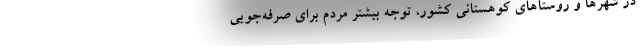
در شهرها و روستاهای کوهستانی کشور، توجه بیشتر مردم برای صرفه‌جویی